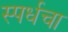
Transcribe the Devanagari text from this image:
स्पर्धचा